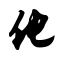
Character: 化